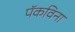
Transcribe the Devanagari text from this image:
पॅकविना